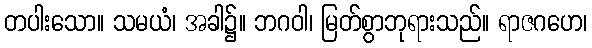
တပါးသော။ သမယံ၊ အခါ၌။ ဘဂဝါ၊ မြတ်စွာဘုရားသည်။ ရာဇဂဟေ၊